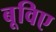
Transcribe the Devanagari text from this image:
बूविए